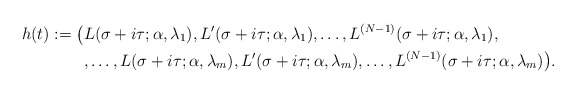
\begin{align*}h(t) := \bigl( & L(\sigma+i\tau;\alpha,\lambda_1), L'(\sigma+i\tau;\alpha,\lambda_1), \ldots, L^{(N-1)}(\sigma+i\tau;\alpha,\lambda_1), \\ & ,\ldots, L(\sigma+i\tau;\alpha,\lambda_m), L'(\sigma+i\tau;\alpha,\lambda_m), \ldots, L^{(N-1)}(\sigma+i\tau;\alpha,\lambda_m) \bigr) .\end{align*}